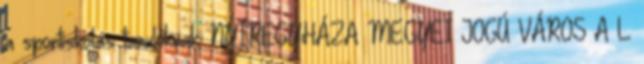
a sportiskolás tanulóknak: NYÍREGYHÁZA MEGYEI JOGÚ VÁROS A L